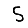
Digit: 5